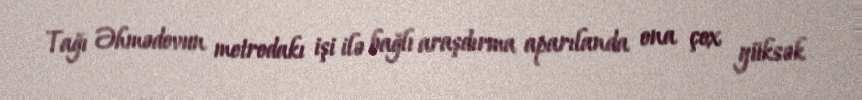
Tağı Əhmədovun metrodakı işi ilə bağlı araşdırma aparılanda ona çox yüksək